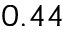
0 . 4 4